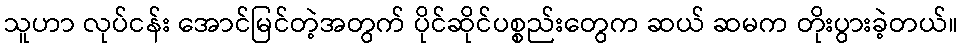
သူဟာ လုပ်ငန်း အောင်မြင်တဲ့အတွက် ပိုင်ဆိုင်ပစ္စည်းတွေက ဆယ် ဆမက တိုးပွားခဲ့တယ်။